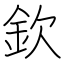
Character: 欽